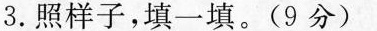
3.照样子，填一填。(9分)